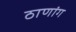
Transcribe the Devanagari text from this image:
ठाणांग